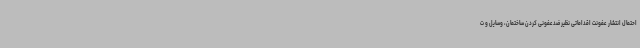
احتمال انتشار عفونت اقداماتی نظیر ضدعفونی کردن ساختمان، وسایل و ت